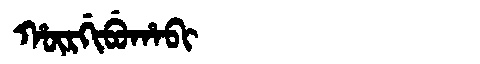
Manchu: ᡥᡡᡵᡤᡳᠪᡠᡥᠠᠪᡳ
Romanization: HŪRGIBUHABI